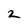
Character: 2